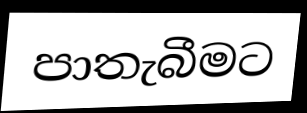
පාතැබීමට